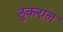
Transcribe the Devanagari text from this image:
ठुकराल